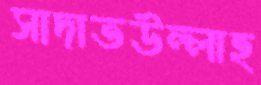
সাদাতউল্লাহ